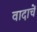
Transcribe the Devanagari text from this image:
वादाचें